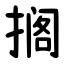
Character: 搁